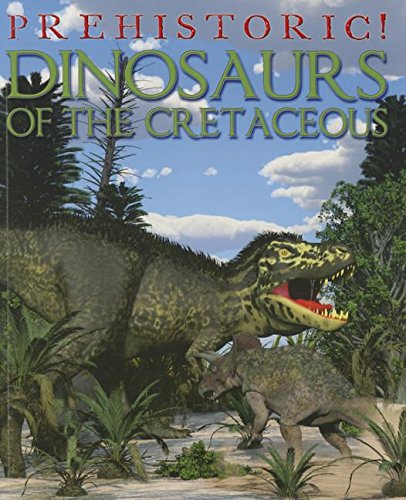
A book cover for Dinosaurs of the Cretaceous (Prehistoric!); David West; Children's Books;